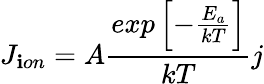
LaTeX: J_{\mathbf{i}on}=A\frac{{exp\left[-\frac{{E_{a}}}{{kT}}\right]}}{{kT}}j